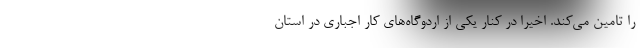
را تامین می‌کند. اخیرا در کنار یکی از اردوگاه‌های کار اجباری در استان